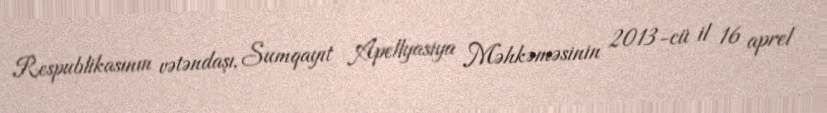
Respublikasının vətəndaşı, Sumqayıt Apellyasiya Məhkəməsinin 2013-cü il 16 aprel